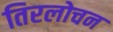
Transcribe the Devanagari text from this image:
तिरलोचन